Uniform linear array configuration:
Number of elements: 4
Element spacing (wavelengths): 0.75
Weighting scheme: blackman
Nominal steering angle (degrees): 0
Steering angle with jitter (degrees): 1.551
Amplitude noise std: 0.05
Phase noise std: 0.05

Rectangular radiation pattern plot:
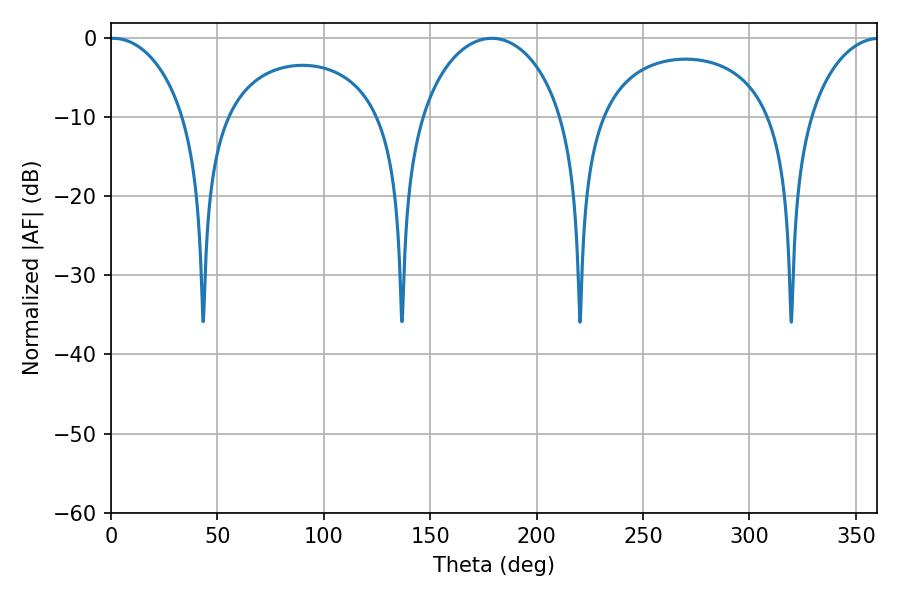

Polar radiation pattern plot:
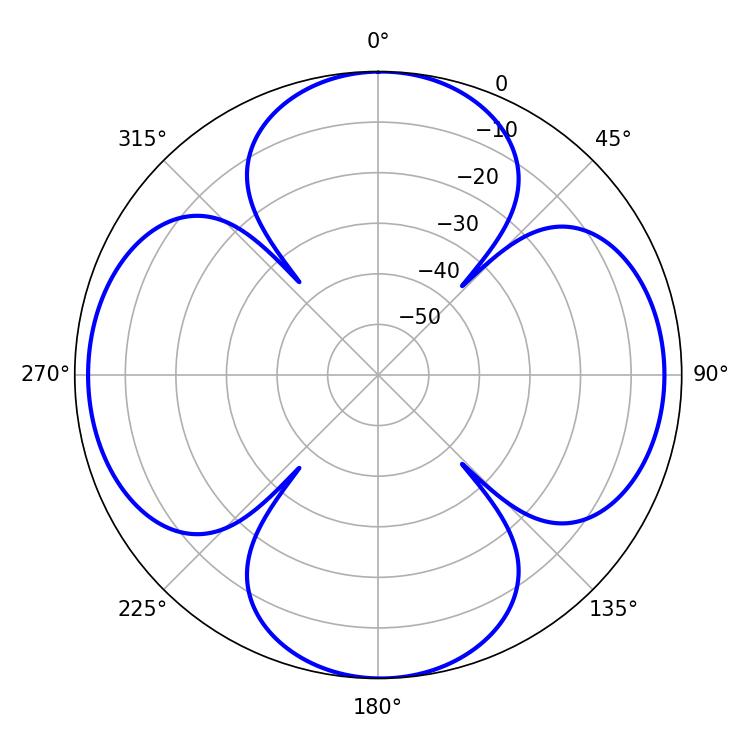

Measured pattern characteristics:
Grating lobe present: TRUE
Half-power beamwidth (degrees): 20.52
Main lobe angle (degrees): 1.08